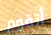
أتقوم